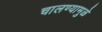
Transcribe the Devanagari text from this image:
चालण्यामुळे